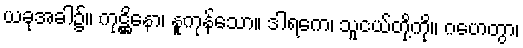
ယခုအခါ၌။ ကုဋ္ဌိနော၊ နူကုန်သော။ ဒါရကေ၊ သူငယ်တို့ကို။ ဂဟေတွာ၊